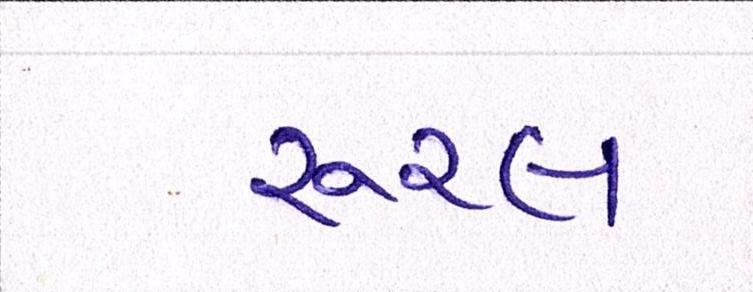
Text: રૂરલ